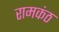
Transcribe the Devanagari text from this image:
रामकंठ